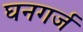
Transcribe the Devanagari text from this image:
घनगर्ज